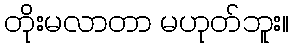
တိုးမလာတာ မဟုတ်ဘူး။